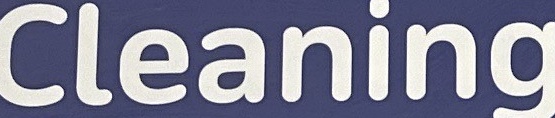
Cleaning